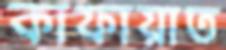
কাফায়াত